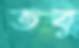
তবু